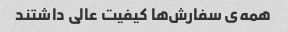
همه‌ی سفارش‌ها کیفیت عالی داشتند